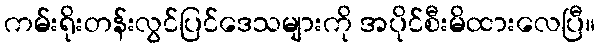
ကမ်းရိုးတန်းလွင်ပြင်ဒေသများကို အပိုင်စီးမိထားလေပြီ။